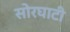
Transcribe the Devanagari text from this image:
सोरघाटी